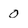
Character: O